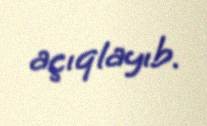
açıqlayıb.